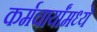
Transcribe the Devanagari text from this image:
कर्मचार्यांमध्ये